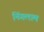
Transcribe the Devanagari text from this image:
निंगलाम